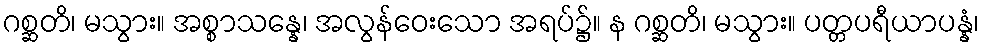
ဂစ္ဆတိ၊ မသွား။ အစ္စာသန္နေ၊ အလွန်ဝေးသော အရပ်၌။ န ဂစ္ဆတိ၊ မသွား။ ပတ္တပရီယာပန္နံ၊